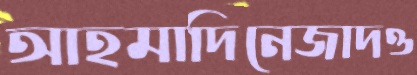
আহমাদিনেজাদও